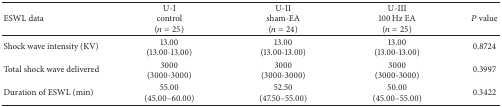
<table><thead><tr><td><b>ESWL data</b></td><td><b>U-Icontrol(<i>n</i> = 25)</b></td><td><b>U-IIsham-EA(<i>n</i> = 24)</b></td><td><b>U-III100 Hz EA(<i>n</i> = 25)</b></td><td><b><i>P</i> value</b></td></tr></thead><tbody><tr><td>Shock wave intensity (KV)</td><td>13.00(13.00-13.00)</td><td>13.00(13.00-13.00)</td><td>13.00(13.00-13.00)</td><td>0.8724</td></tr><tr><td>Total shock wave delivered</td><td>3000(3000-3000)</td><td>3000(3000-3000)</td><td>3000(3000-3000)</td><td>0.3997</td></tr><tr><td>Duration of ESWL (min)</td><td>55.00(45.00–60.00)</td><td>52.50(47.50–55.00)</td><td>50.00(45.00–55.00)</td><td>0.3422</td></tr></tbody></table>